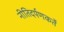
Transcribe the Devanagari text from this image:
नीतिदर्पणकर्ते